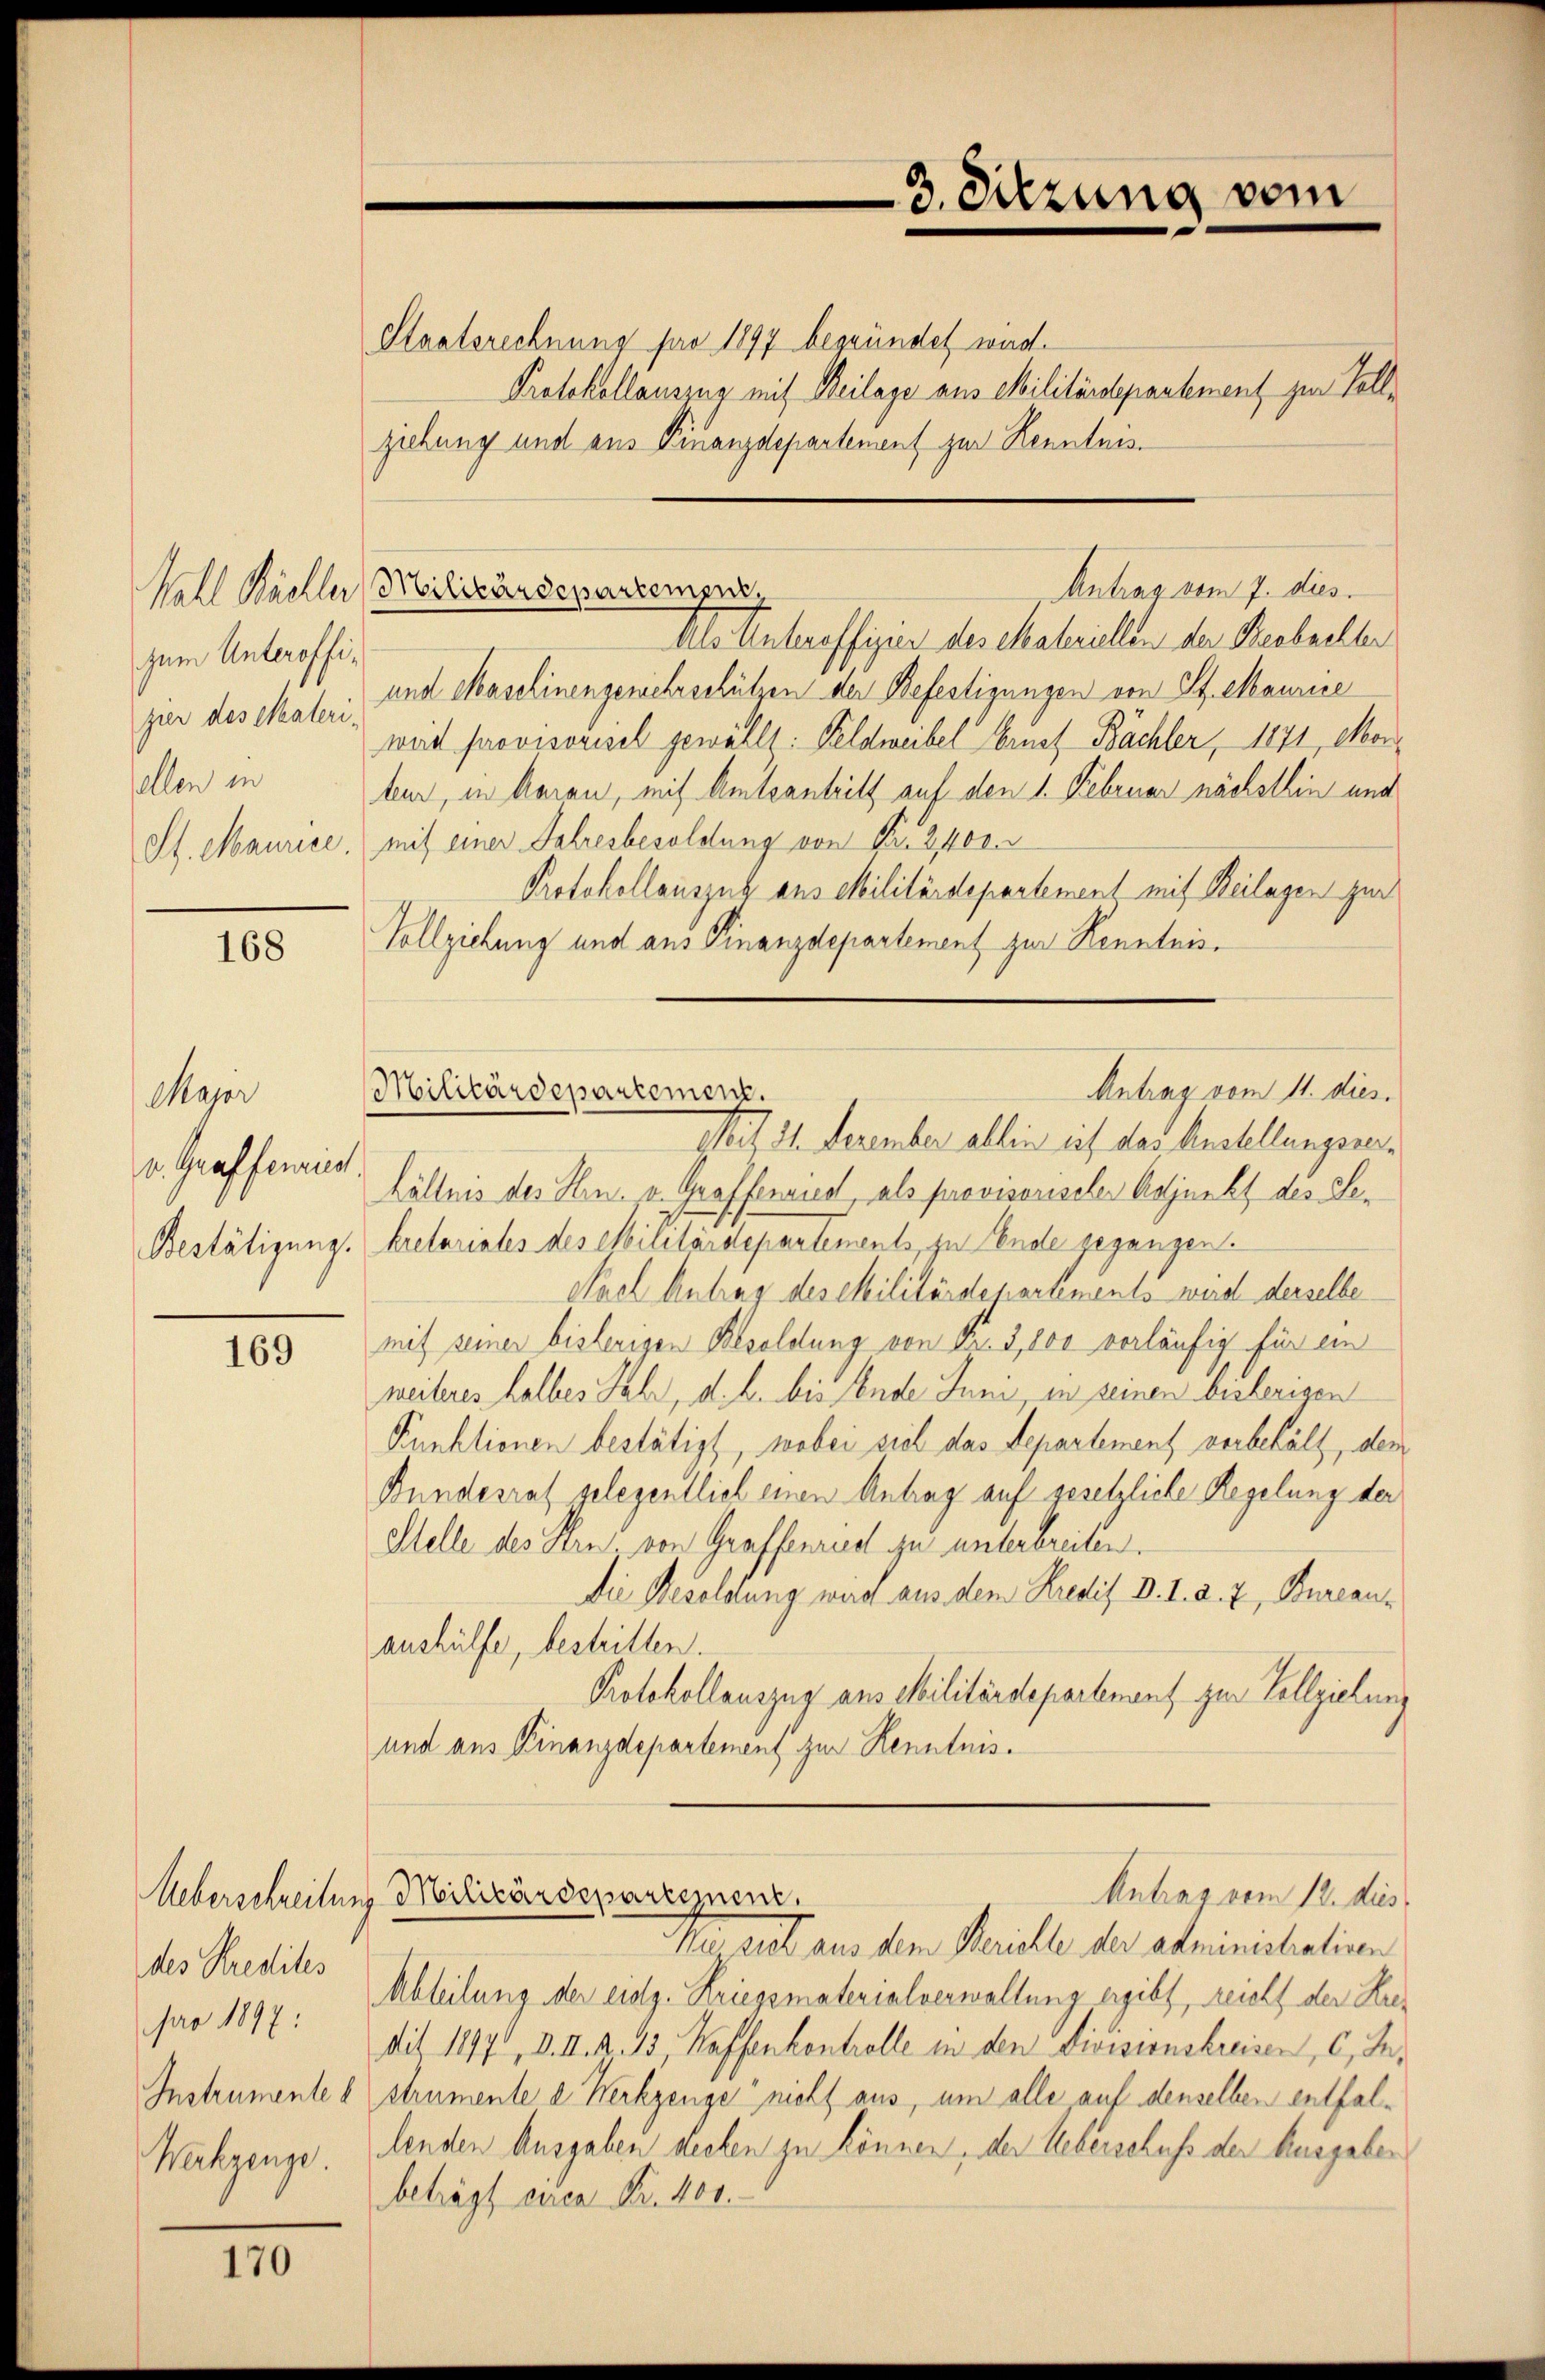
zum Unteroffizier des Materi.
ellen in
St. Maurice.

168

Major
v. Grafferun
Bestätigung.

169

des Kredites
pro 1897:
Instrumente b
Werkzeuge.

170

Staatsrechnung pro 1897 begründet wird.
Protokollausung mit Beilage aus Militärdepartement zur Vollziehung und aus Finanzdepartement zur Kenntnis
Als Unteroffizier des Materiellen der Beobachter
und Maschinengemehrschützen der Befestigungen von St. Maurice
wird provisorisel gewählt: Feldweibel brief Bächler, 1871, Morteur, in daran, mit Amtsantritt auf den 1. Februar nächstlin und
mit einer Jahresbesoldung von Nr. 2400
Protokollauszuk aus Militärdepartement mit Beilagen zur
Vollziehung und aus Finanzdepartement zur Kenntnis¬
Mit 21. Dezember allen ist das Anstellungsverhältnis des Hrn. v. Graffenriedl, als provisorischer Adjunkt des Lekretariates des Militärdepartements, zu Ende gegangen.
Sael Antrag des Militärdepartements wird derselbe
mit seiner bisherigen Besoldung von Fr. 3, 100 vorläufig für ein
weiteres halbes Jahr, d. h. bis Ende Juni, in seinen bisherigen
Punktionen bestätigt, wobei viel das Departement vorbehält, den
Bundesrat gelegentlich einen Antrag auf gesetzliche Regelung der
Stelle des Hrn. von Graffenried zu unterbreiten.
Die Resoldung wird aus dem Kredit d. 1. d. 7, Bureauaushülfe, bestritten.
Protokollauszug aus Militärdepartement zur Vollziehung
und aus Finanzdepartement zur Kenntnis.
Antrag vom 12. dies
Ueberschreibung Militärdepartement.
Na gut aus dem Serielle der administrativen
Abteilung der eidg. Kriegsmaterialverwaltung ergibt, reicht der Kredit 1897, d. II. R. 13 Waffenkontrolle in den Divisionskreisen, 6, Sestrumente d. Werkzeuge nicht aus, um alle auf denselben entfallenden Ausgaben dechen zu können, der Ueberschuss der Ausgaben
beträgt circa Fr. 400.

Moll Säckler Militärdepartemper

3. Sitzung vom

Antrag vom 7. dies

Antrag vom 11. dies
Militärdepartement.